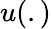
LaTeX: u(.)